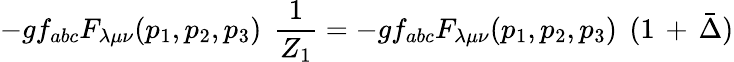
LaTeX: -gf_{abc}{F}_{\lambda\mu\nu}(p_{1},p_{2},p_{3})\; \, \frac{1}{Z_{1}}=-gf_{abc}{F}_{\lambda\mu\nu}(p_{1},p_{2},p_{3})\; \, (1\, +\, \bar{\Delta})